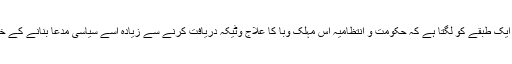
عوام کے ایک طبقے کو لگتا ہے کہ حکومت و انتظامیہ اس مہلک وبا کا علاج وٹیکہ دریافت کرنے سے زیادہ اسے سیاسی مدعا بنانے کے خواہاں ہیں۔